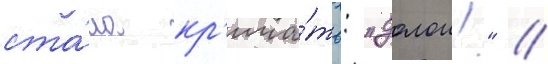
ста́ла кр'ича́ть: "долои!" //